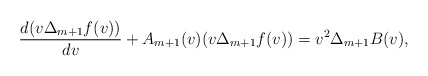
\begin{align*} \frac{d(v\Delta_{m+1}f(v))}{dv}+A_{m+1}(v)(v\Delta_{m+1}f(v))=v^2\Delta_{m+1}B(v),\end{align*}